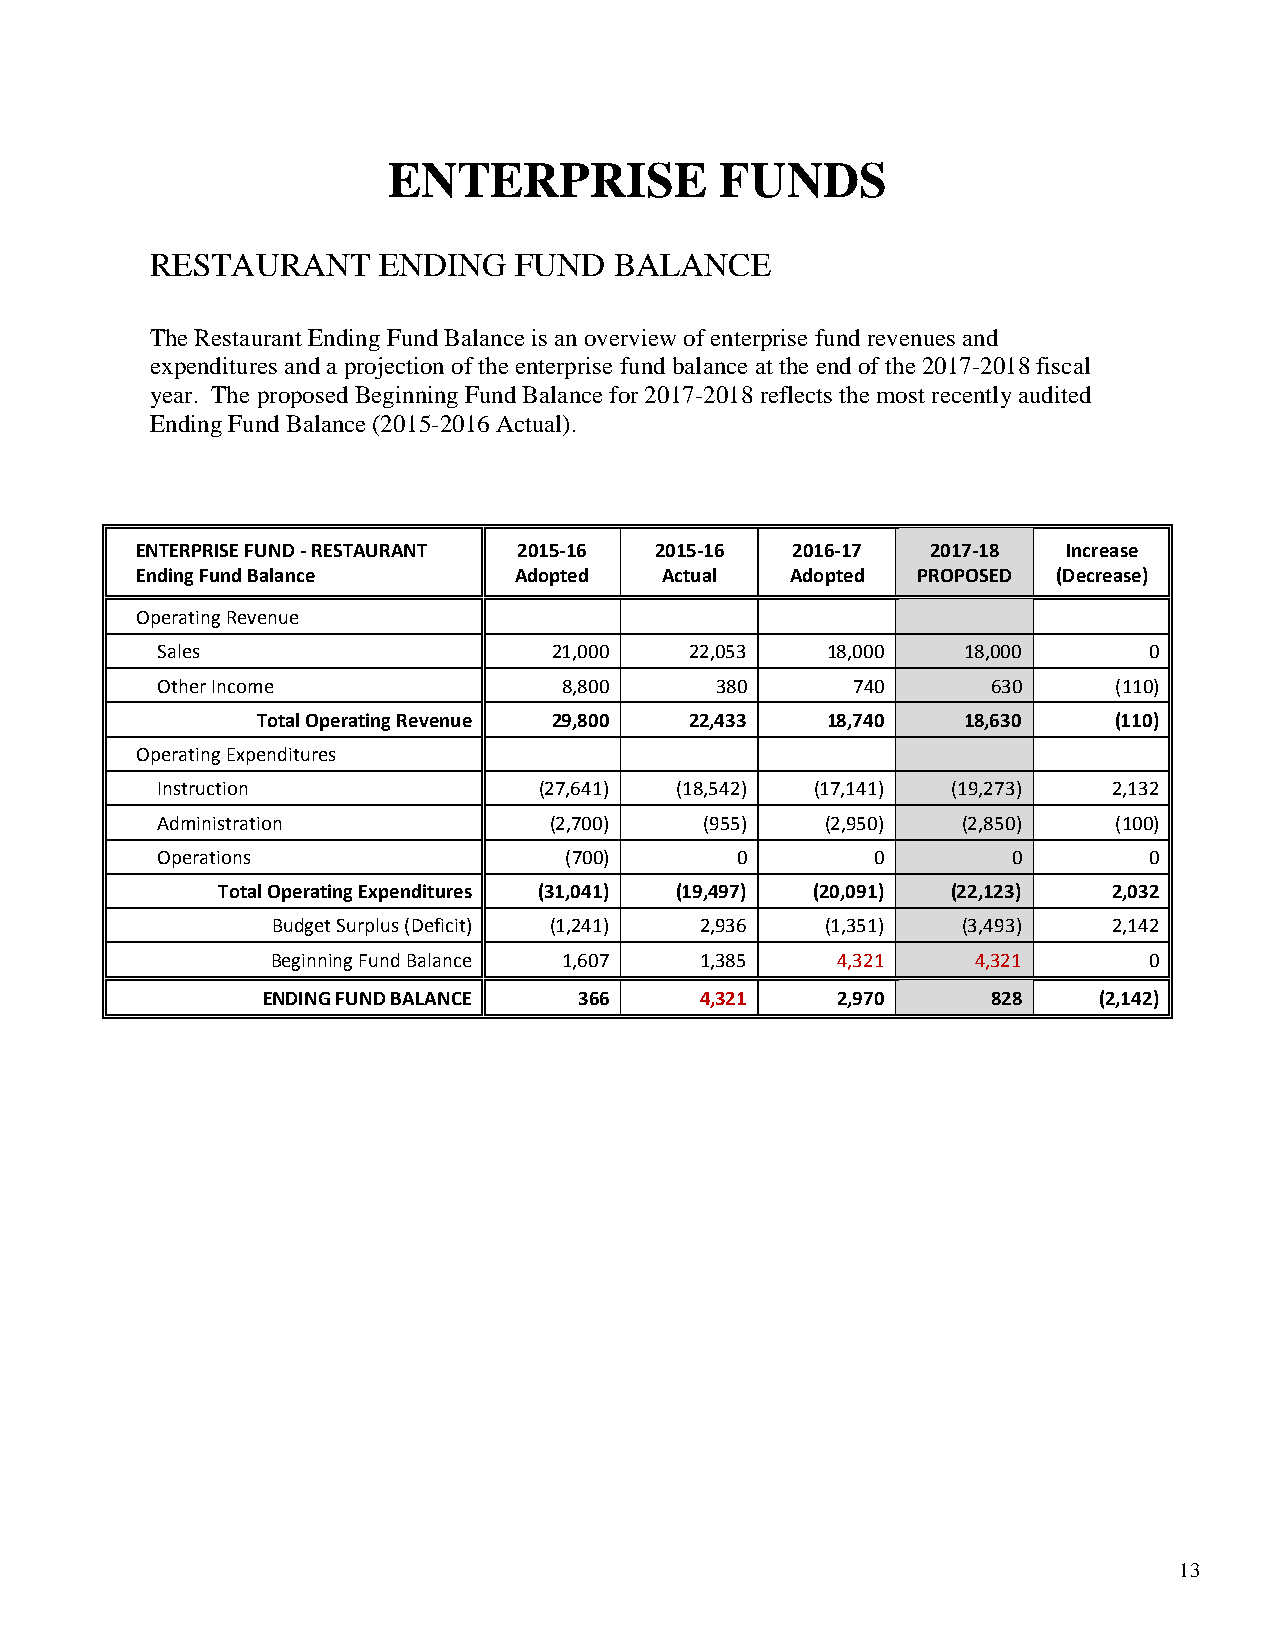
ENTERPRISE            FUNDS
 RESTAURANT     ENDING   FUND   BALANCE
 The Restaurant Ending Fund Balance is an overview of enterprise fund revenues and
 expenditures and a projection of the enterprise fund balance at the end of the 2017-2018 fiscal
 year. The proposed Beginning Fund Balance for 2017-2018 reflects the most recently audited
 Ending Fund Balance (2015-2016 Actual).
 ENTERPRISE FUND - RESTAURANT 2015-16 2015-16 2016-17 2017-18  Increase
 Ending Fund Balance      Adopted   Actual  Adopted  PROPOSED (Decrease)
 Operating Revenue
 Sales                      21,000   22,053   18,000   18,000      0
 Other Income               8,800     380      740       630     (110)
 Total Operating Revenue 29,800 22,433 18,740   18,630    (110)
 Operating Expenditures
 Instruction               (27,641) (18,542) (17,141) (19,273)   2,132
 Administration            (2,700)    (955)   (2,950)  (2,850)   (100)
 Operations                 (700)       0        0        0        0
 Total Operating Expenditures (31,041) (19,497) (20,091) (22,123) 2,032
 Budget Surplus (Deficit) (1,241) 2,936 (1,351) (3,493)  2,142
 Beginning Fund Balance 1,607 1,385   4,321     4,321      0
 ENDING FUND BALANCE  366     4,321    2,970      828    (2,142)
 13